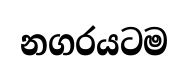
නගරයටම